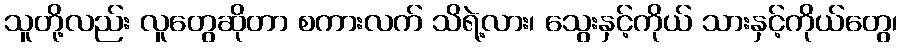
သူတို့လည်း လူတွေဆိုတာ စကားလက် သိရဲ့လား၊ သွေးနှင့်ကိုယ် သားနှင့်ကိုယ်တွေ၊